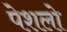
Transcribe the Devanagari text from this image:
पेशलो